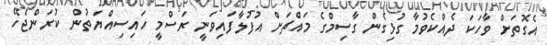
އެގޮތަށް ވާހަކަ ދެއްކެވުމާ ގުޅިގެން ގާސިމްގެ މައްޗަށް އުފުލާފައިވަނީ ރަސްމީ ހައިސިއްޔަތުން ކުރަންޖެހޭ